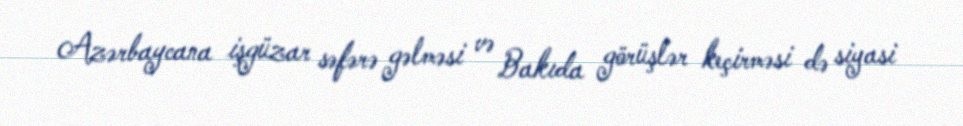
Azərbaycana işgüzar səfərə gəlməsi və Bakıda görüşlər keçirməsi də siyasi